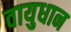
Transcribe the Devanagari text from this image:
वायुधान